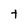
Character: t